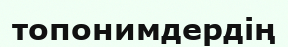
топонимдердің